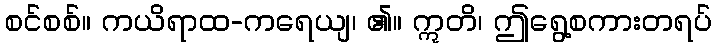
စင်စစ်။ ကယိရာထ-ကရေယျ၊ ၏။ ဣတိ၊ ဤရွေ့စကားတရပ်